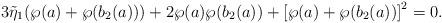
LaTeX: \begin{align*}3\tilde{\eta}_{1}(\wp(a)+\wp(b_{2}(a)))+2\wp(a)\wp(b_{2}(a))+\left[\wp(a)+\wp(b_{2}(a))\right] ^{2}=0. \end{align*}